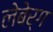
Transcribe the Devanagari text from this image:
लेबेर्ग